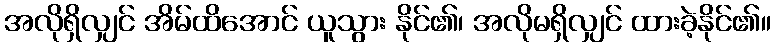
အလိုရှိလျှင် အိမ်ထိအောင် ယူသွား နိုင်၏၊ အလိုမရှိလျှင် ထားခဲ့နိုင်၏။